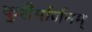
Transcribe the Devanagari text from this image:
कुशैर्मार्जनम्